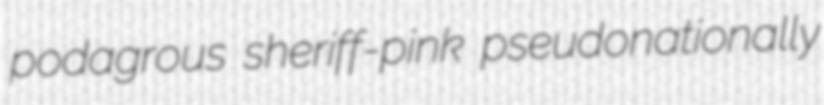
podagrous sheriff-pink pseudonationally